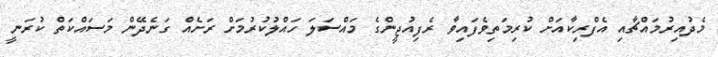
މެދުއިރުމައްޗާއި އެފްރިކާއަށް ކުރިމަތިވެފައިވާ ރެފިއުޖީންގެ މައްސަލަ ހައްލުކުރުމަށް ރަށެއް ގަނެދޭން މަސައްކަތް ކުރަނީ